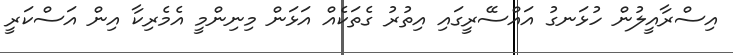
އިސްރާއީލުން ހުޅަނގު އައްސޭރީގައި އިތުރު ގެތަކެއް އަޅަން މިނިންމީ އެމެރިކާ އިން އަސްކަރީ